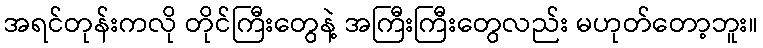
အရင်တုန်းကလို တိုင်ကြီးတွေနဲ့ အကြီးကြီးတွေလည်း မဟုတ်တော့ဘူး။